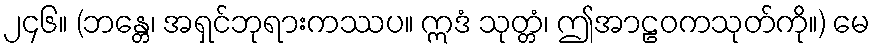
၂၄၆။ (ဘန္တေ၊ အရှင်ဘုရားကဿပ။ ဣဒံ သုတ္တံ၊ ဤအာဠဝကသုတ်ကို။) မေ